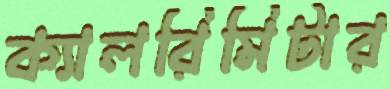
ক্যালরিমিটার